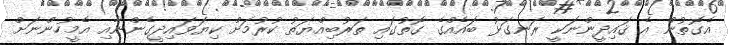
އެގޮތުން އެ ޤައިދީންނަކީ ރަނގަޅު ބައެއްގެ ގޮތުގައި ތަރުބިއްޔަތު ކުރުމަށް ކިޔަވައިދީގެންނާއި އެމީހުންނަށް